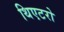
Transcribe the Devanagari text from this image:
थिएटरो